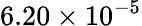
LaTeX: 6.20\times 10^{-5}